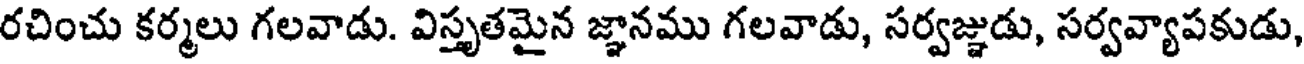
రచించు కర్మలు గలవాడు. విస్తృతమైన జ్ఞానము గలవాడు, సర్వజ్ఞుడు, సర్వవ్యాపకుడు,